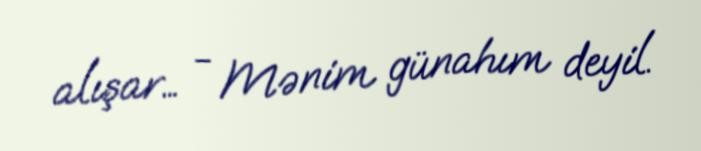
alışar… - Mənim günahım deyil.